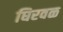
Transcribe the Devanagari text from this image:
घिरवळ